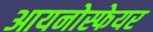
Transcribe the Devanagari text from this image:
आयनोस्फेयर